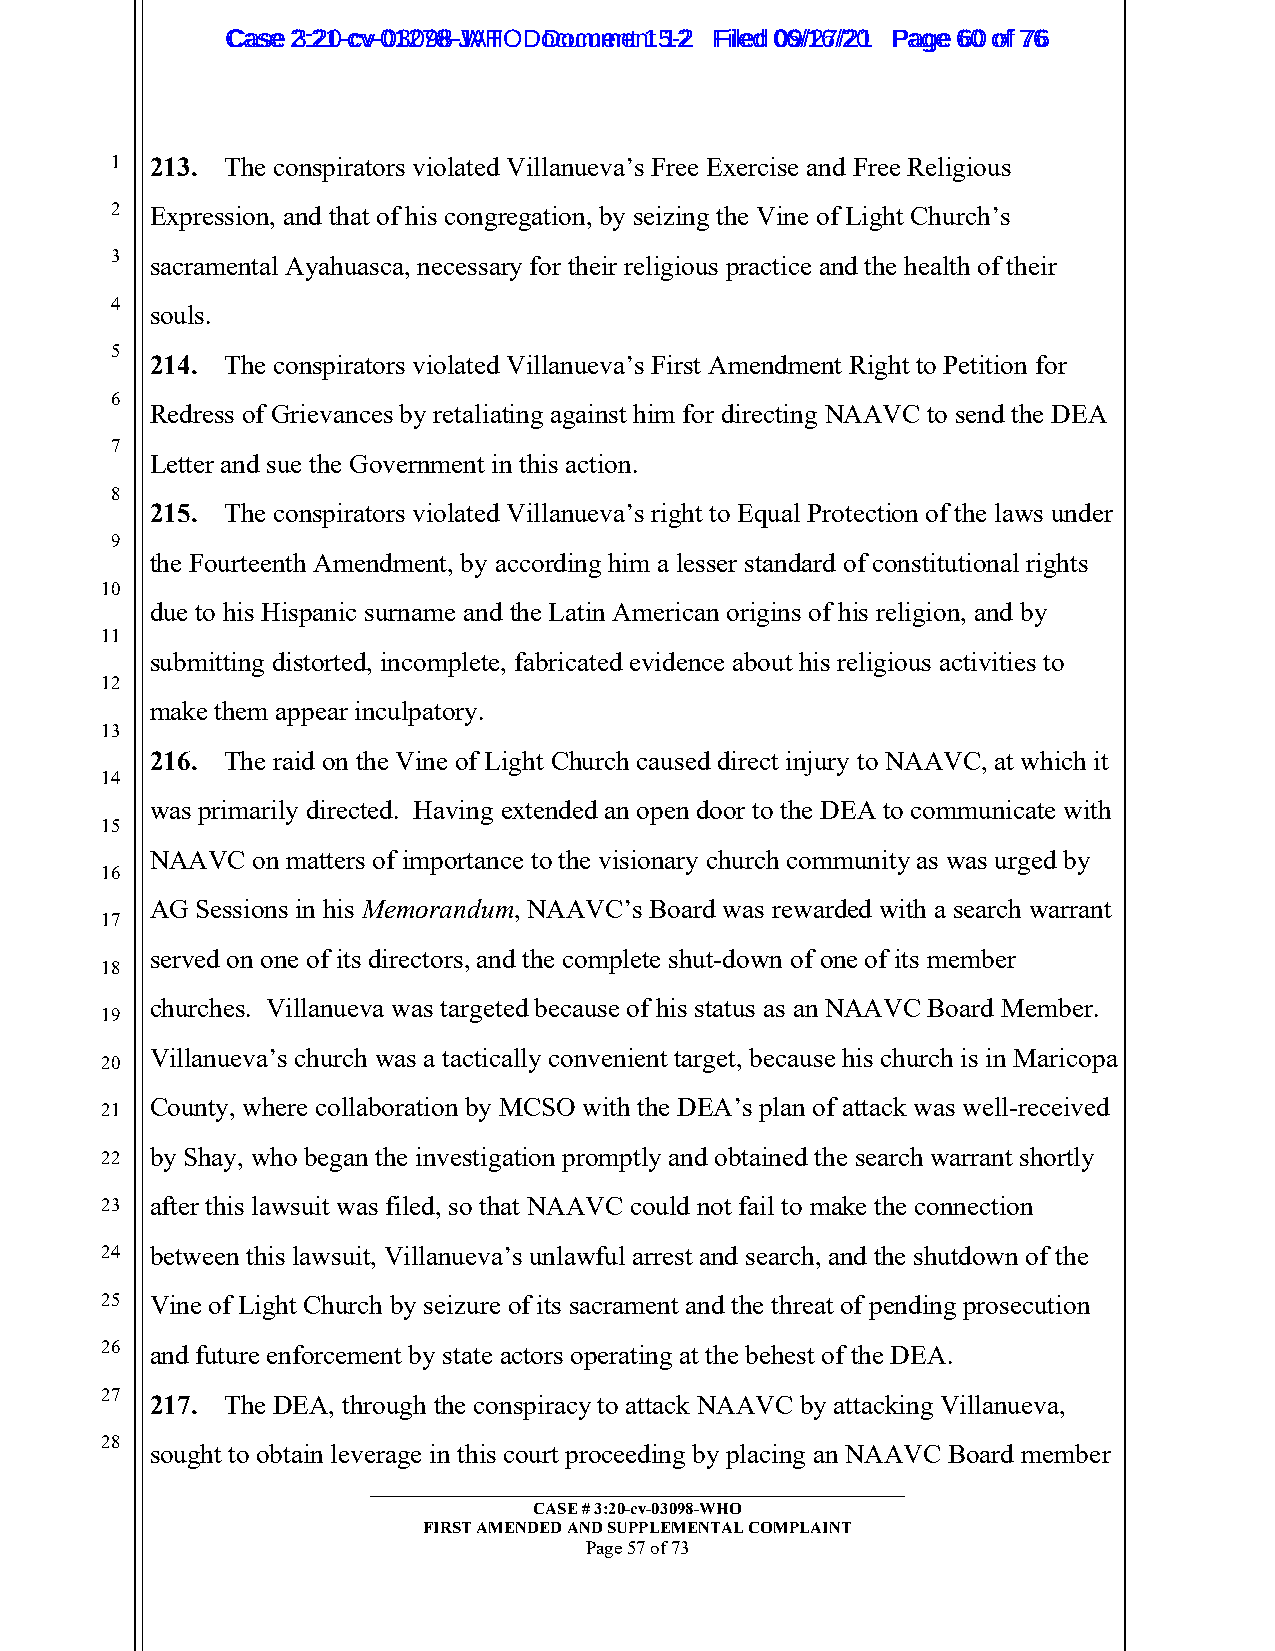
CCaassee 23::2210--ccvv--0013207988--JWAHT O D oDcoucmumenetn 1t 51-22 FFiilleedd 0069//1267//2201 PPaaggee 6600 ooff 7766
 1  213. The conspirators violated Villanueva’s Free Exercise and Free Religious
 2  Expression, and that of his congregation, by seizing the Vine of Light Church’s
 3  sacramental Ayahuasca, necessary for their religious practice and the health of their
 4
 souls.
 5
 214. The conspirators violated Villanueva’s First Amendment Right to Petition for
 6
 Redress of Grievances by retaliating against him for directing NAAVC to send the DEA
 7
 Letter and sue the Government in this action.
 8
 215. The conspirators violated Villanueva’s right to Equal Protection of the laws under
 9
 the Fourteenth Amendment, by according him a lesser standard of constitutional rights
 10
 due to his Hispanic surname and the Latin American origins of his religion, and by
 11
 submitting distorted, incomplete, fabricated evidence about his religious activities to
 12
 make them appear inculpatory.
 13
 216. The raid on the Vine of Light Church caused direct injury to NAAVC, at which it
 14
 was primarily directed. Having extended an open door to the DEA to communicate with
 15
 NAAVC  on matters of importance to the visionary church community as was urged by
 16
 AG Sessions in his Memorandum, NAAVC’s Board was rewarded with a search warrant
 17
 served on one of its directors, and the complete shut-down of one of its member
 18
 churches. Villanueva was targeted because of his status as an NAAVC Board Member.
 19
 Villanueva’s church was a tactically convenient target, because his church is in Maricopa
 20
 County, where collaboration by MCSO with the DEA’s plan of attack was well-received
 21
 22 by Shay, who began the investigation promptly and obtained the search warrant shortly
 23 after this lawsuit was filed, so that NAAVC could not fail to make the connection
 24 between this lawsuit, Villanueva’s unlawful arrest and search, and the shutdown of the
 25 Vine of Light Church by seizure of its sacrament and the threat of pending prosecution
 26 and future enforcement by state actors operating at the behest of the DEA.
 27
 217. The DEA, through the conspiracy to attack NAAVC by attacking Villanueva,
 28
 sought to obtain leverage in this court proceeding by placing an NAAVC Board member
 _________________________________________________________
 CASE # 3:20-cv-03098-WHO
 FIRST AMENDED AND SUPPLEMENTAL COMPLAINT
 Page 57 of 73